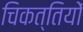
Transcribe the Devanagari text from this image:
चिकत्तियों